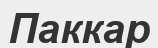
Паккар